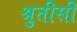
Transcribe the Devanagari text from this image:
श्रुतीसी